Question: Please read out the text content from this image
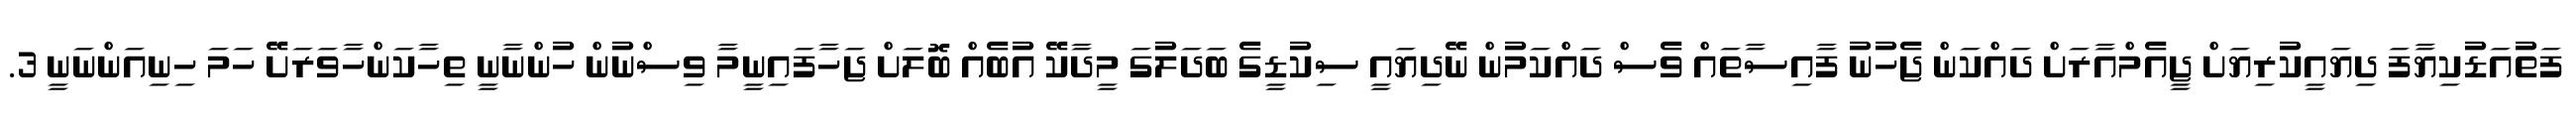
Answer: ފަތުއަޑުކިޔާފަ ދިޔައީކުރިޔަށް ޖީއެމްއާރަށް ދައްކަން ޖެހުނު ފާއިސާތައް ވެސް ދައްކަމުން ނޭދިޔައީ ސިކުޑީގެ ބަދަލުގަ މީދާކޭ އުބެއް ބޮލަށް ޖަހާފައިނީމާ ވިސްނުން ހުންނާނީ ތިހާކަންހާވަރަށޭ ހަމަ ހިނިއަންނަނީ 3.